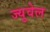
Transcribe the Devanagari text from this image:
ज्युवेल